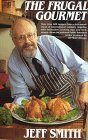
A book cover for The Frugal Gourmet; Jeff Smith; Cookbooks, Food & Wine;